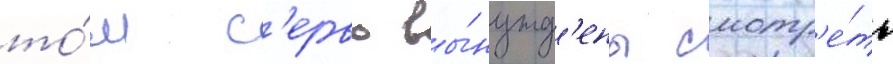
то́м с'ерво вы́нужд'ены смотр'е́ть